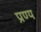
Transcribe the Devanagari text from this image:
प्रण्य